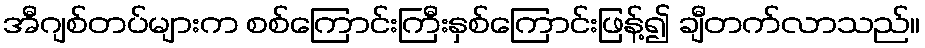
အီဂျစ်တပ်များက စစ်ကြောင်းကြီးနှစ်ကြောင်းဖြန့်၍ ချီတက်လာသည်။